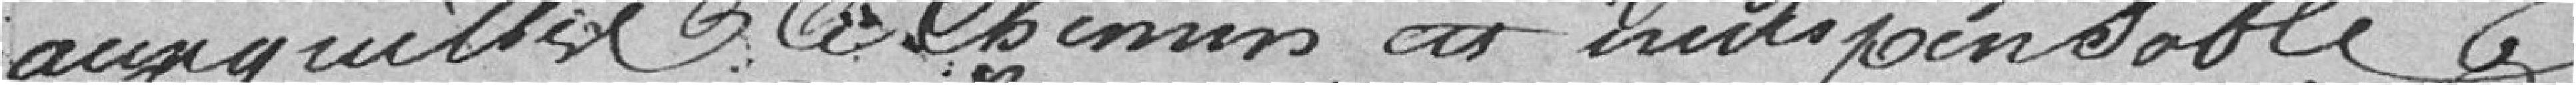
auxquelles le chemin est indispensable